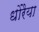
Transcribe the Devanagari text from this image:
धोरैया